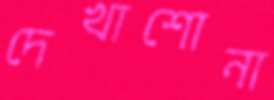
দেখাশোনা